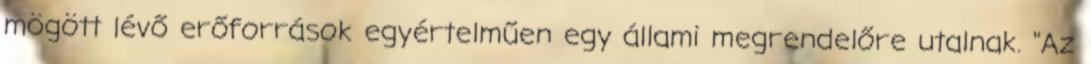
mögött lévő erőforrások egyértelműen egy állami megrendelőre utalnak. "Az